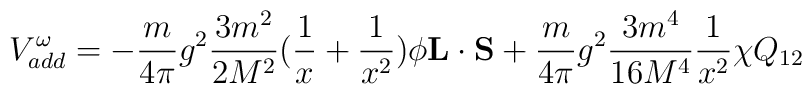
V_{add}^{\omega} = -\frac{m}{4 \pi} g^{2} \frac{3 m^{2}}{2 M^{2}}(\frac{1}{x}+ \frac{1}{x^{2}}) \phi {\bf L} \cdot {\bf S} +\frac{m}{4 \pi} g^{2} \frac{3 m^{4}}{16 M^{4}} \frac{1}{x^{2}} \chi Q_{12}